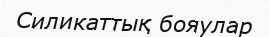
Силикаттық бояулар